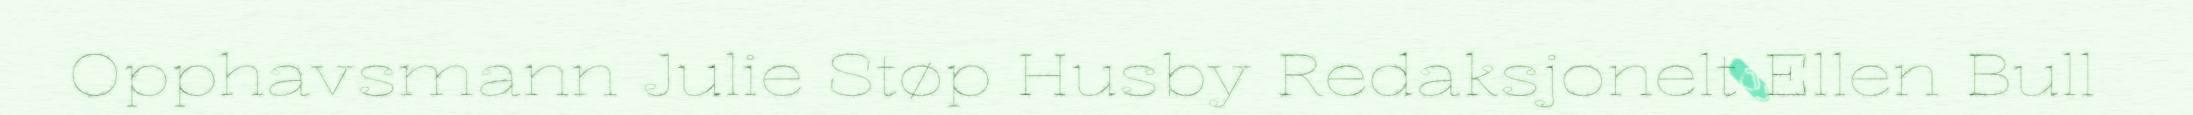
Opphavsmann Julie Støp Husby Redaksjonelt Ellen Bull